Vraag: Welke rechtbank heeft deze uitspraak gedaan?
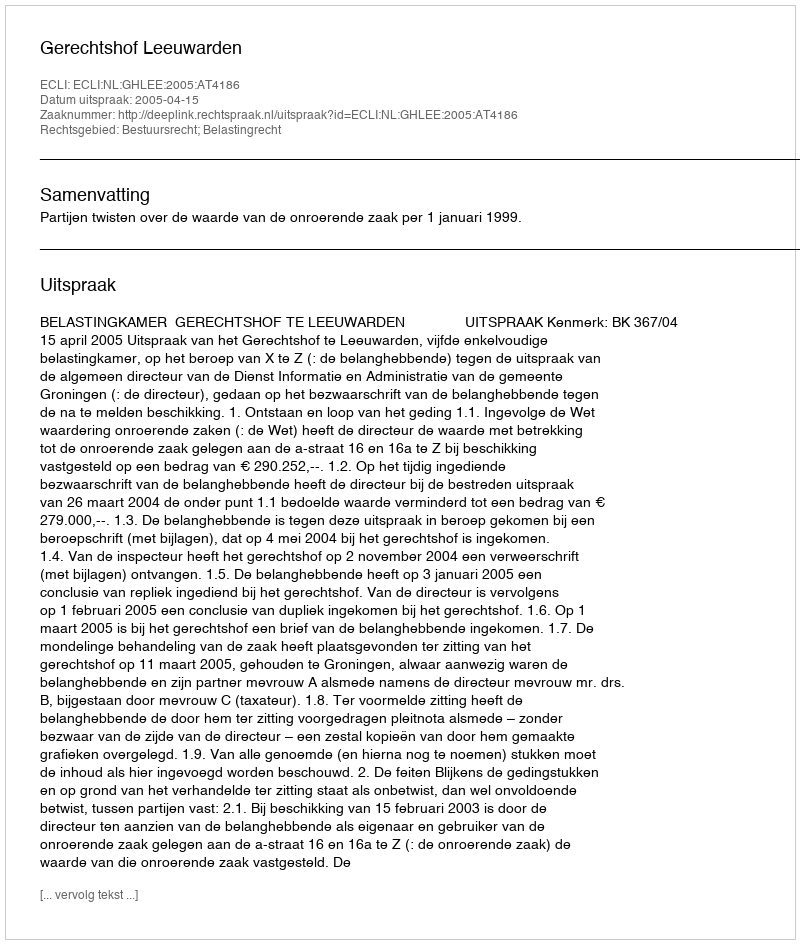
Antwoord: Gerechtshof Leeuwarden